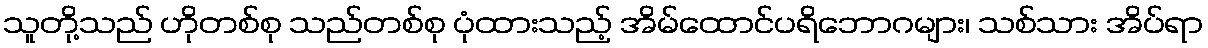
သူတို့သည် ဟိုတစ်စု သည်တစ်စု ပုံထားသည့် အိမ်ထောင်ပရိဘောဂများ၊ သစ်သား အိပ်ရာ